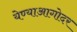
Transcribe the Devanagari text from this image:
येण्याआगोदर